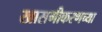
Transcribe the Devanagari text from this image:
खासगीकरणच्या